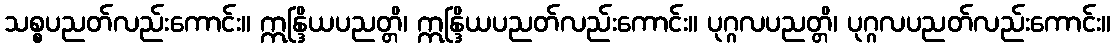
သစ္စပညတ်လည်းကောင်း။ ဣန္ဒြိယပညတ္တိ၊ ဣန္ဒြိယပညတ်လည်းကောင်း။ ပုဂ္ဂလပညတ္တိ၊ ပုဂ္ဂလပညတ်လည်းကောင်း။